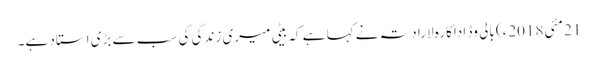
21 مئی2018ء) بالی وڈ اداکارہ لارا دتہ نے کہا ہے کہ بیٹی میری زندگی کی سب سے بڑی استاد ہے۔